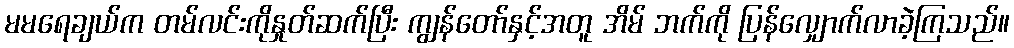
မမရေချယ်က တမ်လင်းကိုနှုတ်ဆက်ပြီး ကျွန်တော်နှင့်အတူ အိမ် ဘက်ကို ပြန်လျှောက်လာခဲ့ကြသည်။